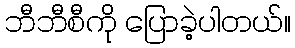
ဘီဘီစီကို ပြောခဲ့ပါတယ်။